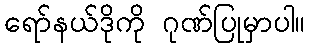
ရော်နယ်ဒိုကို ဂုဏ်ပြုမှာပါ။